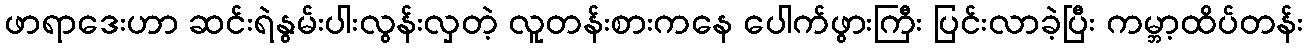
ဖာရာဒေးဟာ ဆင်းရဲနွမ်းပါးလွန်းလှတဲ့ လူတန်းစားကနေ ပေါက်ဖွားကြီး ပြင်းလာခဲ့ပြီး ကမ္ဘာ့ထိပ်တန်း